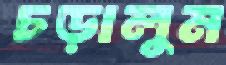
চড়ালুম